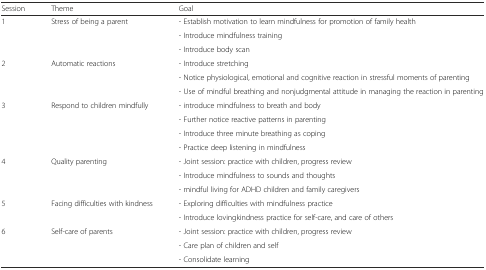
<table><thead><tr><td><b>Session</b></td><td><b>Theme</b></td><td><b>Goal</b></td></tr></thead><tbody><tr><td rowspan="3">1</td><td rowspan="3">Stress of being a parent</td><td>- Establish motivation to learn mindfulness for promotion of family health</td></tr><tr><td>- Introduce mindfulness training</td></tr><tr><td>- Introduce body scan</td></tr><tr><td rowspan="3">2</td><td rowspan="3">Automatic reactions</td><td>- Introduce stretching</td></tr><tr><td>- Notice physiological, emotional and cognitive reaction in stressful moments of parenting</td></tr><tr><td>- Use of mindful breathing and nonjudgmental attitude in managing the reaction in parenting</td></tr><tr><td rowspan="4">3</td><td rowspan="4">Respond to children mindfully</td><td>- introduce mindfulness to breath and body</td></tr><tr><td>- Further notice reactive patterns in parenting</td></tr><tr><td>- Introduce three minute breathing as coping</td></tr><tr><td>- Practice deep listening in mindfulness</td></tr><tr><td rowspan="3">4</td><td rowspan="3">Quality parenting</td><td>- Joint session: practice with children, progress review</td></tr><tr><td>- Introduce mindfulness to sounds and thoughts</td></tr><tr><td>- mindful living for ADHD children and family caregivers</td></tr><tr><td rowspan="2">5</td><td rowspan="2">Facing difficulties with kindness</td><td>- Exploring difficulties with mindfulness practice</td></tr><tr><td>- Introduce lovingkindness practice for self-care, and care of others</td></tr><tr><td rowspan="3">6</td><td rowspan="3">Self-care of parents</td><td>- Joint session: practice with children, progress review</td></tr><tr><td>- Care plan of children and self</td></tr><tr><td>- Consolidate learning</td></tr></tbody></table>